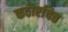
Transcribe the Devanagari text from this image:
कठोरचित्त